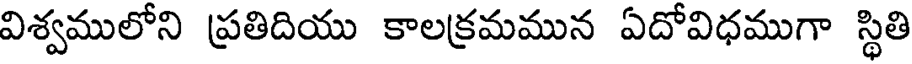
విశ్వములోని ప్రతిదియు కాలక్రమమున ఏదోవిధముగా స్థితి